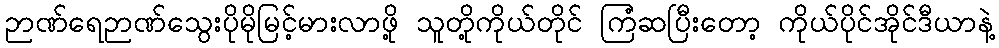
ဉာဏ်ရေဉာဏ်သွေးပိုမိုမြင့်မားလာဖို့ သူတို့ကိုယ်တိုင် ကြံဆပြီးတော့ ကိုယ်ပိုင်အိုင်ဒီယာနဲ့